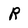
Character: R